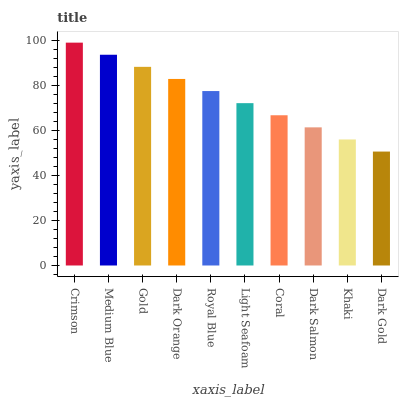
| xaxis_label | bars |
 | --- | --- |
 | Crimson | 99 |
 | Medium Blue | 93.6 |
 | Gold | 88.2 |
 | Dark Orange | 82.9 |
 | Royal Blue | 77.5 |
 | Light Seafoam | 72.1 |
 | Coral | 66.7 |
 | Dark Salmon | 61.4 |
 | Khaki | 56 |
 | Dark Gold | 50.6 |